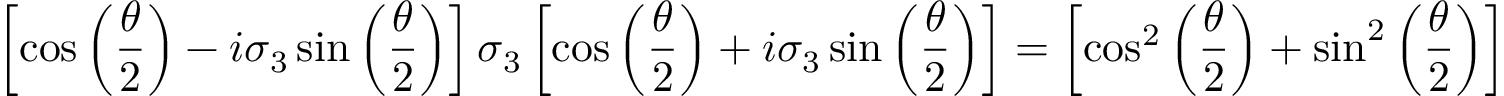
\left[ \cos \left( { \frac { \theta } { 2 } } \right) - i \sigma _ { 3 } \sin \left( { \frac { \theta } { 2 } } \right) \right] \sigma _ { 3 } \left[ \cos \left( { \frac { \theta } { 2 } } \right) + i \sigma _ { 3 } \sin \left( { \frac { \theta } { 2 } } \right) \right] = \left[ \cos ^ { 2 } \left( { \frac { \theta } { 2 } } \right) + \sin ^ { 2 } \left( { \frac { \theta } { 2 } } \right) \right] \sigma _ { 3 } = \sigma _ { 3 } .